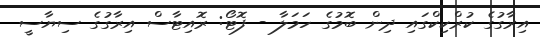
އިރާގުގެ ކުރްކިކްގައި ދިން ބޮމުގެ ހަމަލާ - ފޮޓޯ: ރޮއިޓާސް އިރާގުގެ ސިޔާސީ